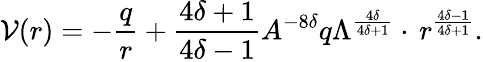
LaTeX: \mathcal{V}(r)=-\frac{{q}}{{r}}+\frac{{4\delta+1}}{{4\delta-1}}A^{-8\delta}q\Lambda^{\frac{{4\delta}}{{4\delta+1}}}\cdot\, r^{\frac{{4\delta-1}}{{4\delta+1}}}.